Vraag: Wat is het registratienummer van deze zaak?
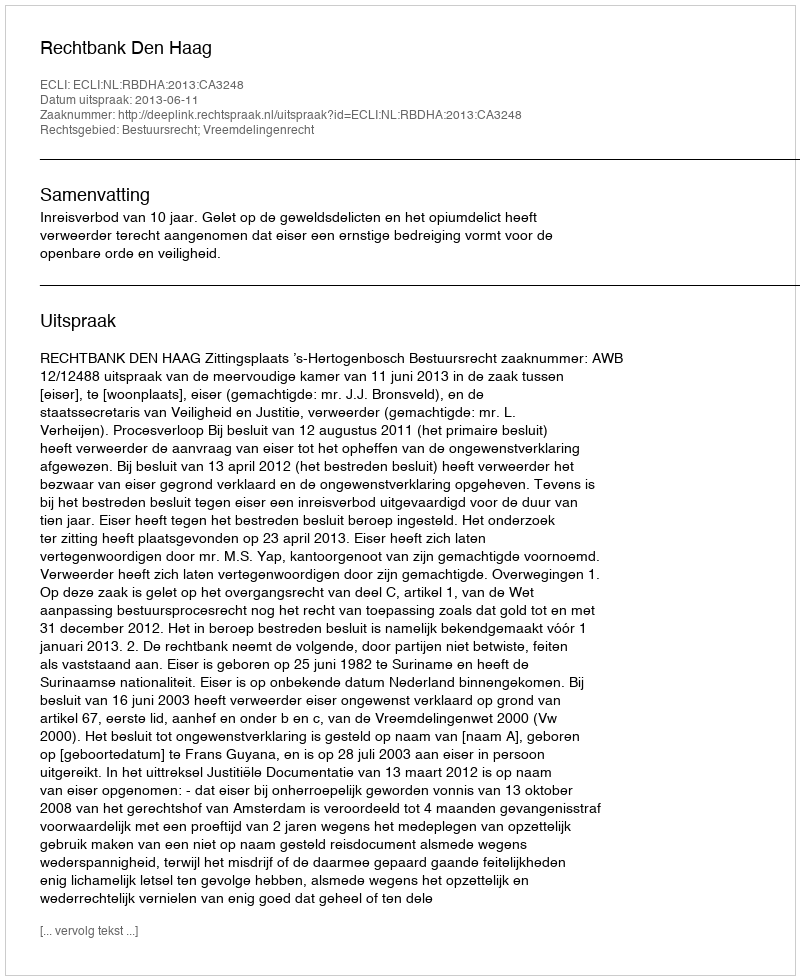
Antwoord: http://deeplink.rechtspraak.nl/uitspraak?id=ECLI:NL:RBDHA:2013:CA3248